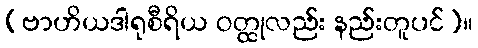
(ဗာဟိယဒါရုစီရိယ ဝတ္ထုလည်း နည်းတူပင်)။